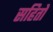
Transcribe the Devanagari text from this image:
सहितों